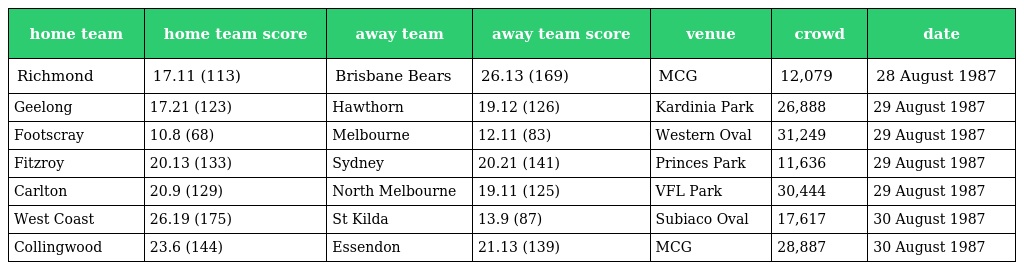
| home team | home team score | away team | away team score | venue | crowd | date |
 | --- | --- | --- | --- | --- | --- | --- |
 | Richmond | 17.11 (113) | Brisbane Bears | 26.13 (169) | MCG | 12,079 | 28 August 1987 |
 | Geelong | 17.21 (123) | Hawthorn | 19.12 (126) | Kardinia Park | 26,888 | 29 August 1987 |
 | Footscray | 10.8 (68) | Melbourne | 12.11 (83) | Western Oval | 31,249 | 29 August 1987 |
 | Fitzroy | 20.13 (133) | Sydney | 20.21 (141) | Princes Park | 11,636 | 29 August 1987 |
 | Carlton | 20.9 (129) | North Melbourne | 19.11 (125) | VFL Park | 30,444 | 29 August 1987 |
 | West Coast | 26.19 (175) | St Kilda | 13.9 (87) | Subiaco Oval | 17,617 | 30 August 1987 |
 | Collingwood | 23.6 (144) | Essendon | 21.13 (139) | MCG | 28,887 | 30 August 1987 |